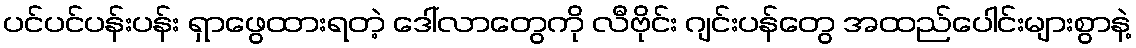
ပင်ပင်ပန်းပန်း ရှာဖွေထားရတဲ့ ဒေါ်လာတွေကို လီဗိုင်း ဂျင်းပန်တွေ အထည်ပေါင်းများစွာနဲ့